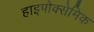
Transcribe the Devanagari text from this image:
हाइपोक्सेमिक